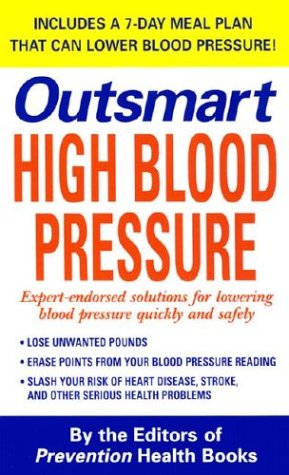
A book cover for Outsmart High Blood Pressure; The Editors of Prevention Health Books; Health, Fitness & Dieting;